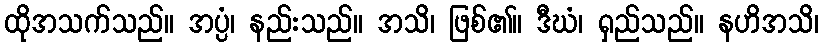
ထိုအသက်သည်။ အပ္ပံ၊ နည်းသည်။ အသိ၊ ဖြစ်၏။ ဒီဃံ၊ ရှည်သည်။ နဟိအသိ၊